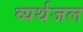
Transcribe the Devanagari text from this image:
व्यर्थजल